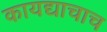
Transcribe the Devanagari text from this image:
कायद्याचाच